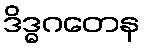
ဒိဒ္ဓဂတေန